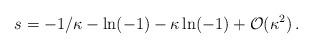
LaTeX: \begin{align*}s = -1/\kappa - \ln (-1) - \kappa\ln (-1) +{\cal O}(\kappa^{2})\, .\end{align*}